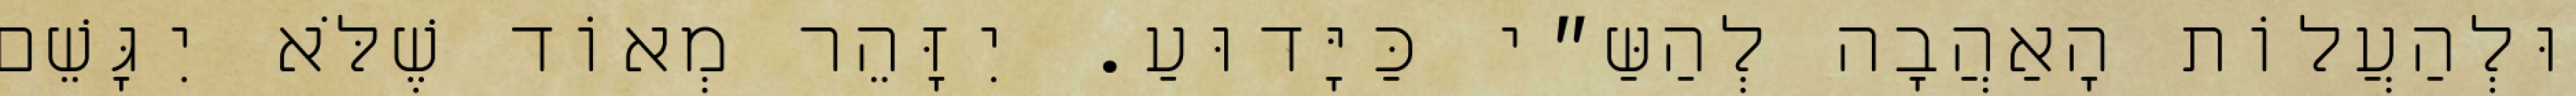
וּלְהַעֲלוֹת הָאַהֲבָה לְהַשַּ״י כַּיָּדוּעַ. יִזָּהֵר מְאוֹד שֶׁלֹּא יִגָּשֵׁם